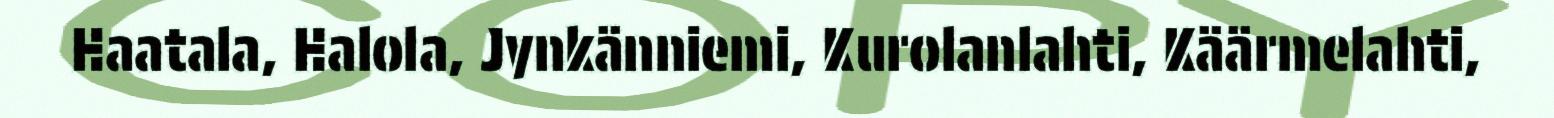
Haatala, Halola, Jynkänniemi, Kurolanlahti, Käärmelahti,